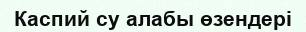
Каспий су алабы өзендері